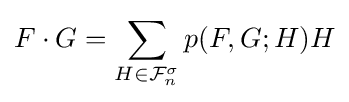
F\cdot G=\sum _{H\in {\mathcal {F}}_{n}^{\sigma }}p(F,G;H)H